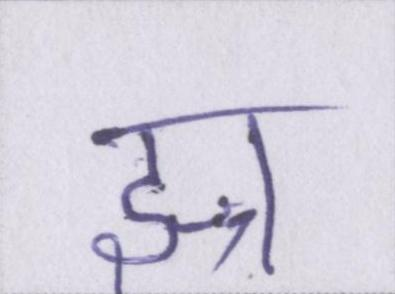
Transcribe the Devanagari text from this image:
झ्र